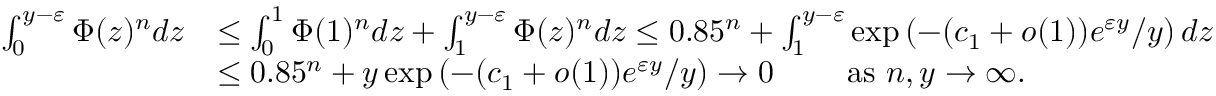
\begin{array} { r l } { \int _ { 0 } ^ { y - \varepsilon } \Phi ( z ) ^ { n } d z } & { \le \int _ { 0 } ^ { 1 } \Phi ( 1 ) ^ { n } d z + \int _ { 1 } ^ { y - \varepsilon } \Phi ( z ) ^ { n } d z \le 0 . 8 5 ^ { n } + \int _ { 1 } ^ { y - \varepsilon } \exp \left( - ( c _ { 1 } + o ( 1 ) ) e ^ { \varepsilon y } / y \right) d z } \\ & { \le 0 . 8 5 ^ { n } + y \exp \left( - ( c _ { 1 } + o ( 1 ) ) e ^ { \varepsilon y } / y \right) \to 0 \qquad \mathrm { ~ a s ~ } n , y \to \infty . } \end{array}